Regulations for the medical services of the Army of India
Year: 1930
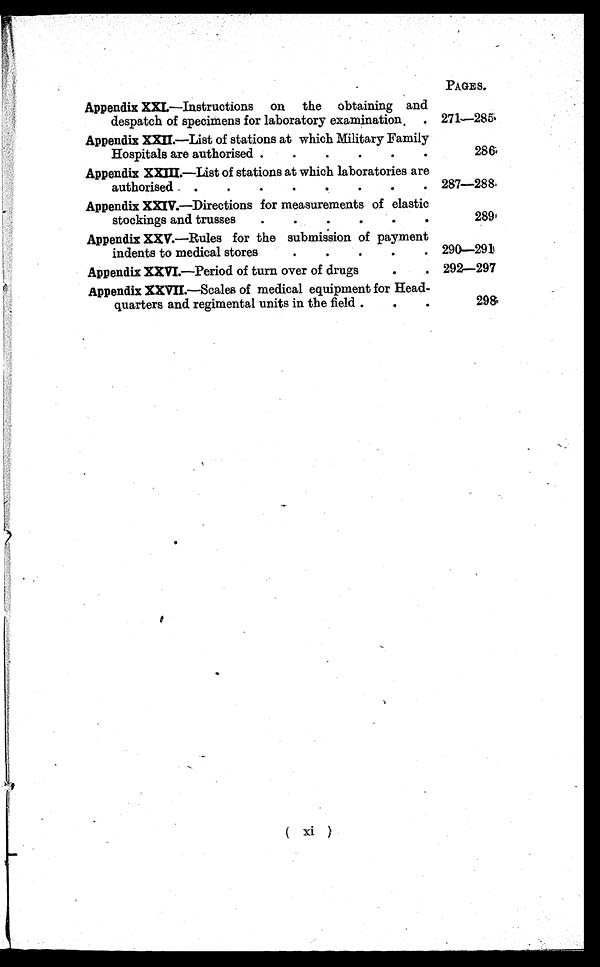
PAGES.
Appendix XXI.—Instructions on the obtaining and
despatch of specimens for laboratory examination . . 271—285
Appendix XXII.—List of stations at which Military Family
Hospitals are authorised .
.
286
Appendix XXIII.—List of stations at which laboratories are
authorised . .
. 287—288
Appendix XXIV.—Directions for measurements of elastic
stockings and trusses
.
289
Appendix XXV.—Rules for the submission of payment
indents to medical stores
. 290—291
Appendix XXVI.—Period of turn over of drugs
.
. 292—297
Appendix XXVII.—Scales of medical equipment for Head-
quarters and regimental units in the field .
298
( xi )